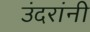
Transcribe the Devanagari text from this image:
उंदरांनी